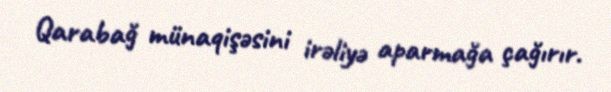
Qarabağ münaqişəsini irəliyə aparmağa çağırır.